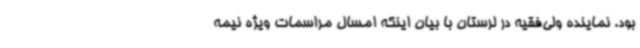
بود. نماینده ولی‌فقیه در لرستان با بیان اینکه امسال مراسمات ویژه نیمه